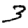
Digit: 3